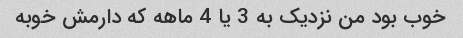
خوب بود من نزدیک به 3 یا 4 ماهه که دارمش خوبه